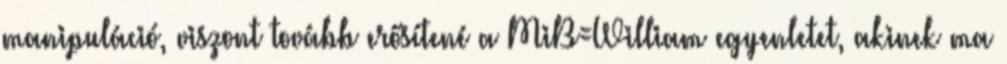
manipuláció, viszont tovább erősítené a MiB=William egyenletet, akinek ma